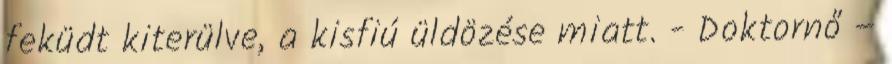
feküdt kiterülve, a kisfiú üldözése miatt. - Doktornő –